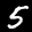
Label: 5